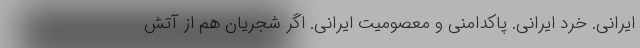
ایرانی. خرد ایرانی. پاکدامنی و معصومیت ایرانی. اگر شجریان هم از آتش